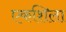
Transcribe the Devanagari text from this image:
एकशिला